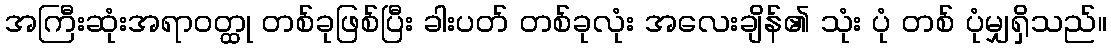
အကြီးဆုံးအရာဝတ္ထု တစ်ခုဖြစ်ပြီး ခါးပတ် တစ်ခုလုံး အလေးချိန်၏ သုံး ပုံ တစ် ပုံမျှရှိသည်။